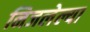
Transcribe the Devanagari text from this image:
निजलेल्या